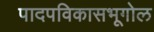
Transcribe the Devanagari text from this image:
पादपविकासभूगोल